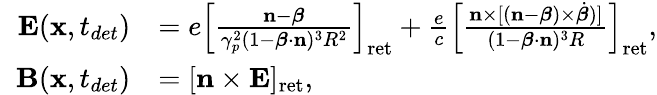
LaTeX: \begin{array}{rl}{\mathbf{E}(\mathbf{x},t_{det})}&{=e\left[\frac{\mathbf{n}-\boldsymbol{\beta}}{\gamma_{p}^{2}(1-\boldsymbol{\beta}\cdot\mathbf{n})^{3}R^{2}}\right]_{\mathrm{ret}}+\frac{e}{c}\left[\frac{\mathbf{n}\times[(\mathbf{n}-\boldsymbol{\beta})\times\dot{\boldsymbol{\beta}})]}{(1-\boldsymbol{\beta}\cdot\mathbf{n})^{3}R}\right]_{\mathrm{ret}},}\\ {\; \; \mathbf{B}(\mathbf{x},t_{det})}&{=[\mathbf{n}\times\mathbf{E}]_{\mathrm{ret}},}\end{array}